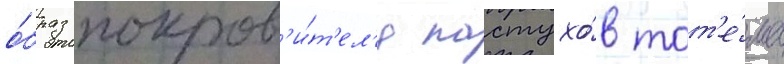
о́браз покров'и́т'ел'я пастухо́в тот'е́ма